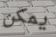
يمكن